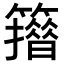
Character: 𥶪